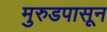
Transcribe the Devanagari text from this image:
मुरुडपासून